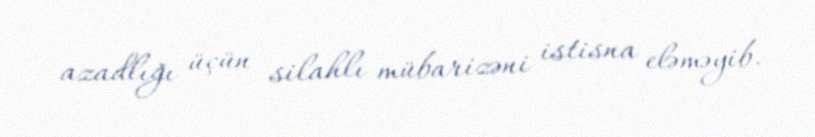
azadlığı üçün silahlı mübarizəni istisna eləməyib.